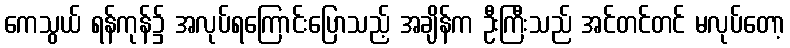
ကေသွယ် ရန်ကုန်၌ အလုပ်ရကြောင်းပြောသည့် အချိန်က ဦးကြီးသည် အင်တင်တင် မလုပ်တော့